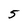
Character: 5